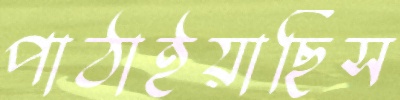
পাঠাইয়াছিস